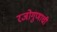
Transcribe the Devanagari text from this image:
रजोगुणाची